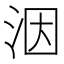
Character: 洇